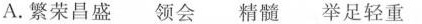
A.繁荣昌盛 领会 精髓 举足轻重